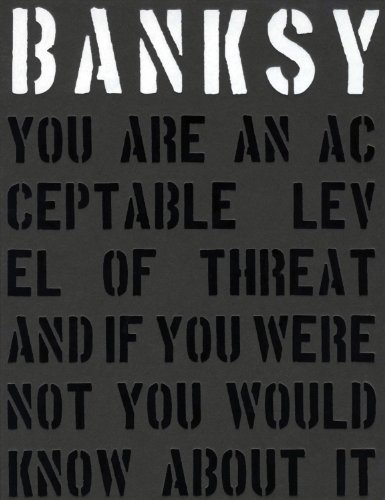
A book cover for Banksy.: You Are an Acceptable Level of Threat; Gary Shove; Arts & Photography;